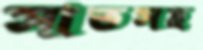
সাতসহ